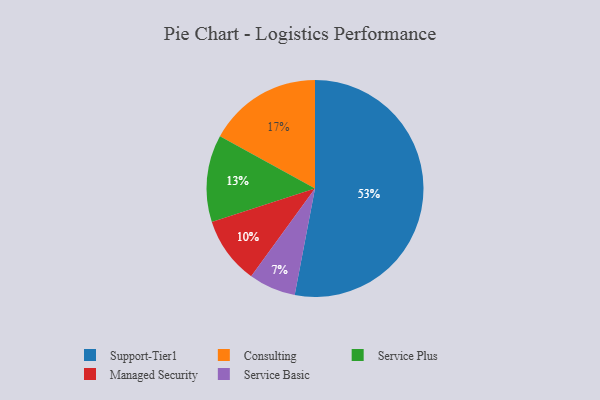
{"axis": {"x": "Category", "y": "Percentage"}, "legend": ["Consulting", "Managed Security", "Service Basic", "Service Plus", "Support-Tier1"], "data": [{"x": "Consulting", "y": 17, "type": "Consulting"}, {"x": "Managed Security", "y": 10, "type": "Managed Security"}, {"x": "Support-Tier1", "y": 53, "type": "Support-Tier1"}, {"x": "Service Basic", "y": 7, "type": "Service Basic"}, {"x": "Service Plus", "y": 13, "type": "Service Plus"}]}